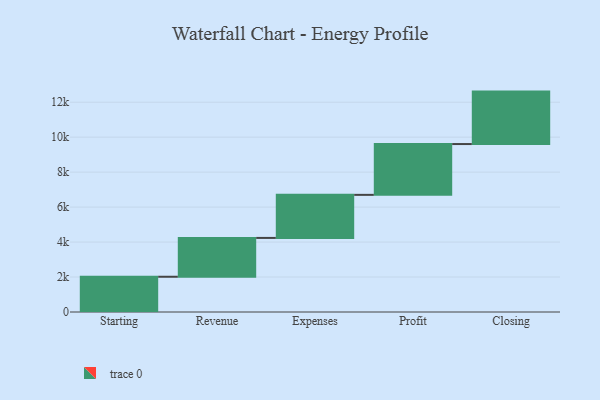
{"axis": {"x": "Step", "y": "Value"}, "legend": [""], "data": [{"x": "Starting", "y": 2016.0, "type": ""}, {"x": "Revenue", "y": 2221.0, "type": ""}, {"x": "Expenses", "y": 2463.0, "type": ""}, {"x": "Profit", "y": 2906.0, "type": ""}, {"x": "Closing", "y": 3000, "type": ""}]}